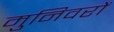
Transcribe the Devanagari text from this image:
मुनिवरों